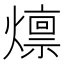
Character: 燷